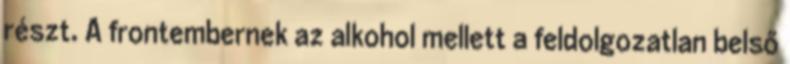
részt. A frontembernek az alkohol mellett a feldolgozatlan belső